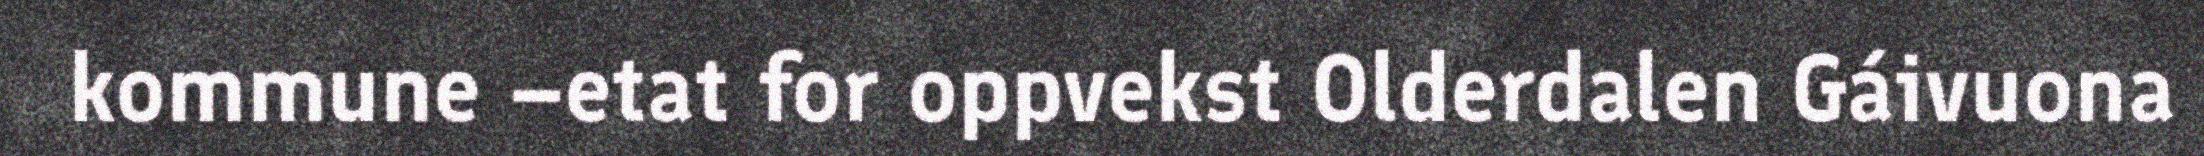
kommune –etat for oppvekst Olderdalen Gáivuona